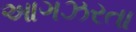
આગઝરતા